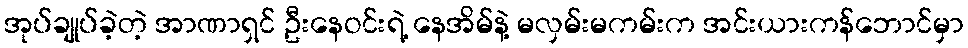
အုပ်ချုပ်ခဲ့တဲ့ အာဏာရှင် ဦးနေဝင်းရဲ့ နေအိမ်နဲ့ မလှမ်းမကမ်းက အင်းယားကန်ဘောင်မှာ